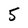
Character: 5